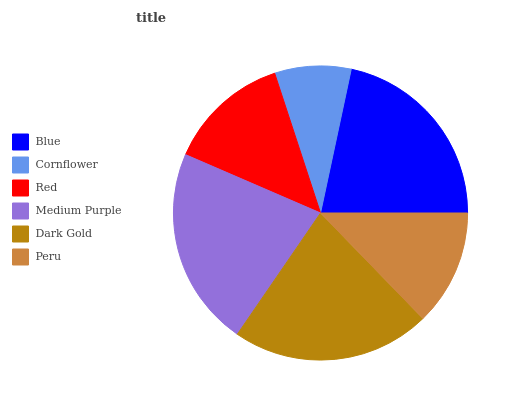
| Blue | Cornflower | Red | Medium Purple | Dark Gold | Peru |
 | --- | --- | --- | --- | --- | --- |
 | 21.6% | 8.39% | 13.5% | 22% | 21.8% | 12.7% |